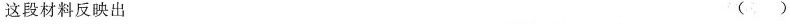
这段材料反映出 ()